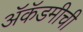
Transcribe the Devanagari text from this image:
ॲकॅडमीची